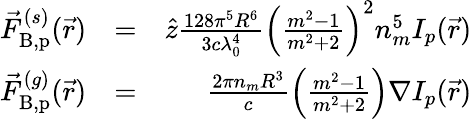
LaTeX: \begin{array}{rlr}{\vec{F}_{{\mathrm{B,p}}}^{(s)}(\vec{r})}&{=}&{\hat{z}\frac{128\pi^{5}R^{6}}{3c\lambda_{0}^{4}}\left(\frac{m^{2}-1}{m^{2}+2}\right)^{2}n_{m}^{5}I_{p}(\vec{r})}\\ {\vec{F}_{{\mathrm{B,p}}}^{(g)}(\vec{r})}&{=}&{\frac{2\pi n_{m}R^{3}}{c}\left(\frac{m^{2}-1}{m^{2}+2}\right)\nabla I_{p}(\vec{r})}\end{array}